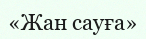
«Жан сауға»